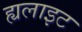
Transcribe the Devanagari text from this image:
ह्यलाइट